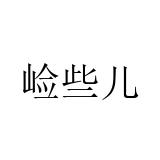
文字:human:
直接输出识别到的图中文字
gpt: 崄些儿